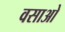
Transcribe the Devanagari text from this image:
वसाओ